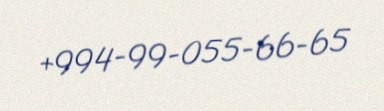
+994-99-055-66-65